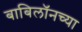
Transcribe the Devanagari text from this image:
बाबिलॉनच्या